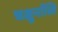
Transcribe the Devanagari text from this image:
चक्षुर्नास्ति